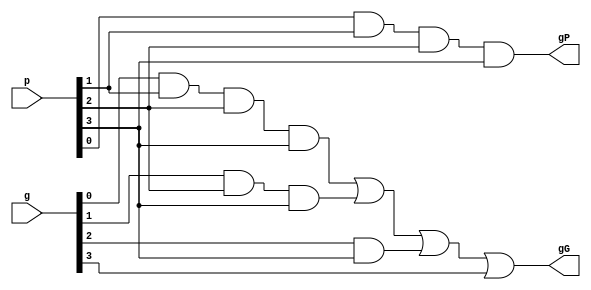
module gPG_generator( p, g, gG, gP);
/////*IO DEFINITION*////
	input [3:0] p, g;
	output gG, gP;
/////////////////////////

//////*your design*//////
	assign gG = (g[0] & p[1] & p[2] & p[3])|(g[1]&p[2]&p[3])|(g[2]&p[3])|g[3];
	assign gP = p[0] & p[1] & p[2] & p[3];
/////////////////////////
	
endmodule